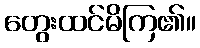
တွေးထင်မိကြ၏။